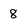
Character: 8